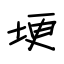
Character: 埂